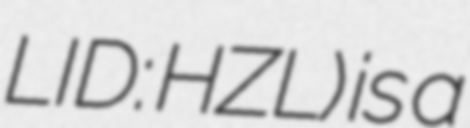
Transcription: LID: HZL) is a